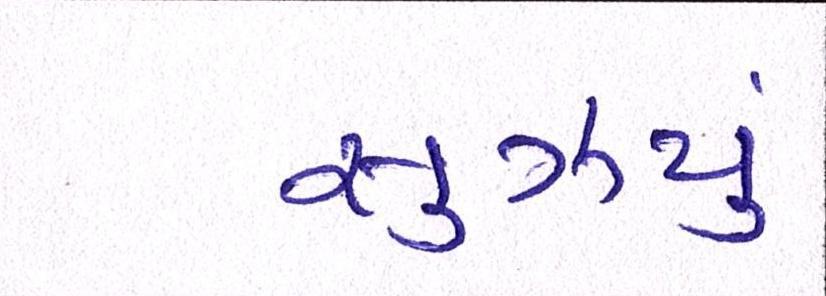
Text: સુઝયું